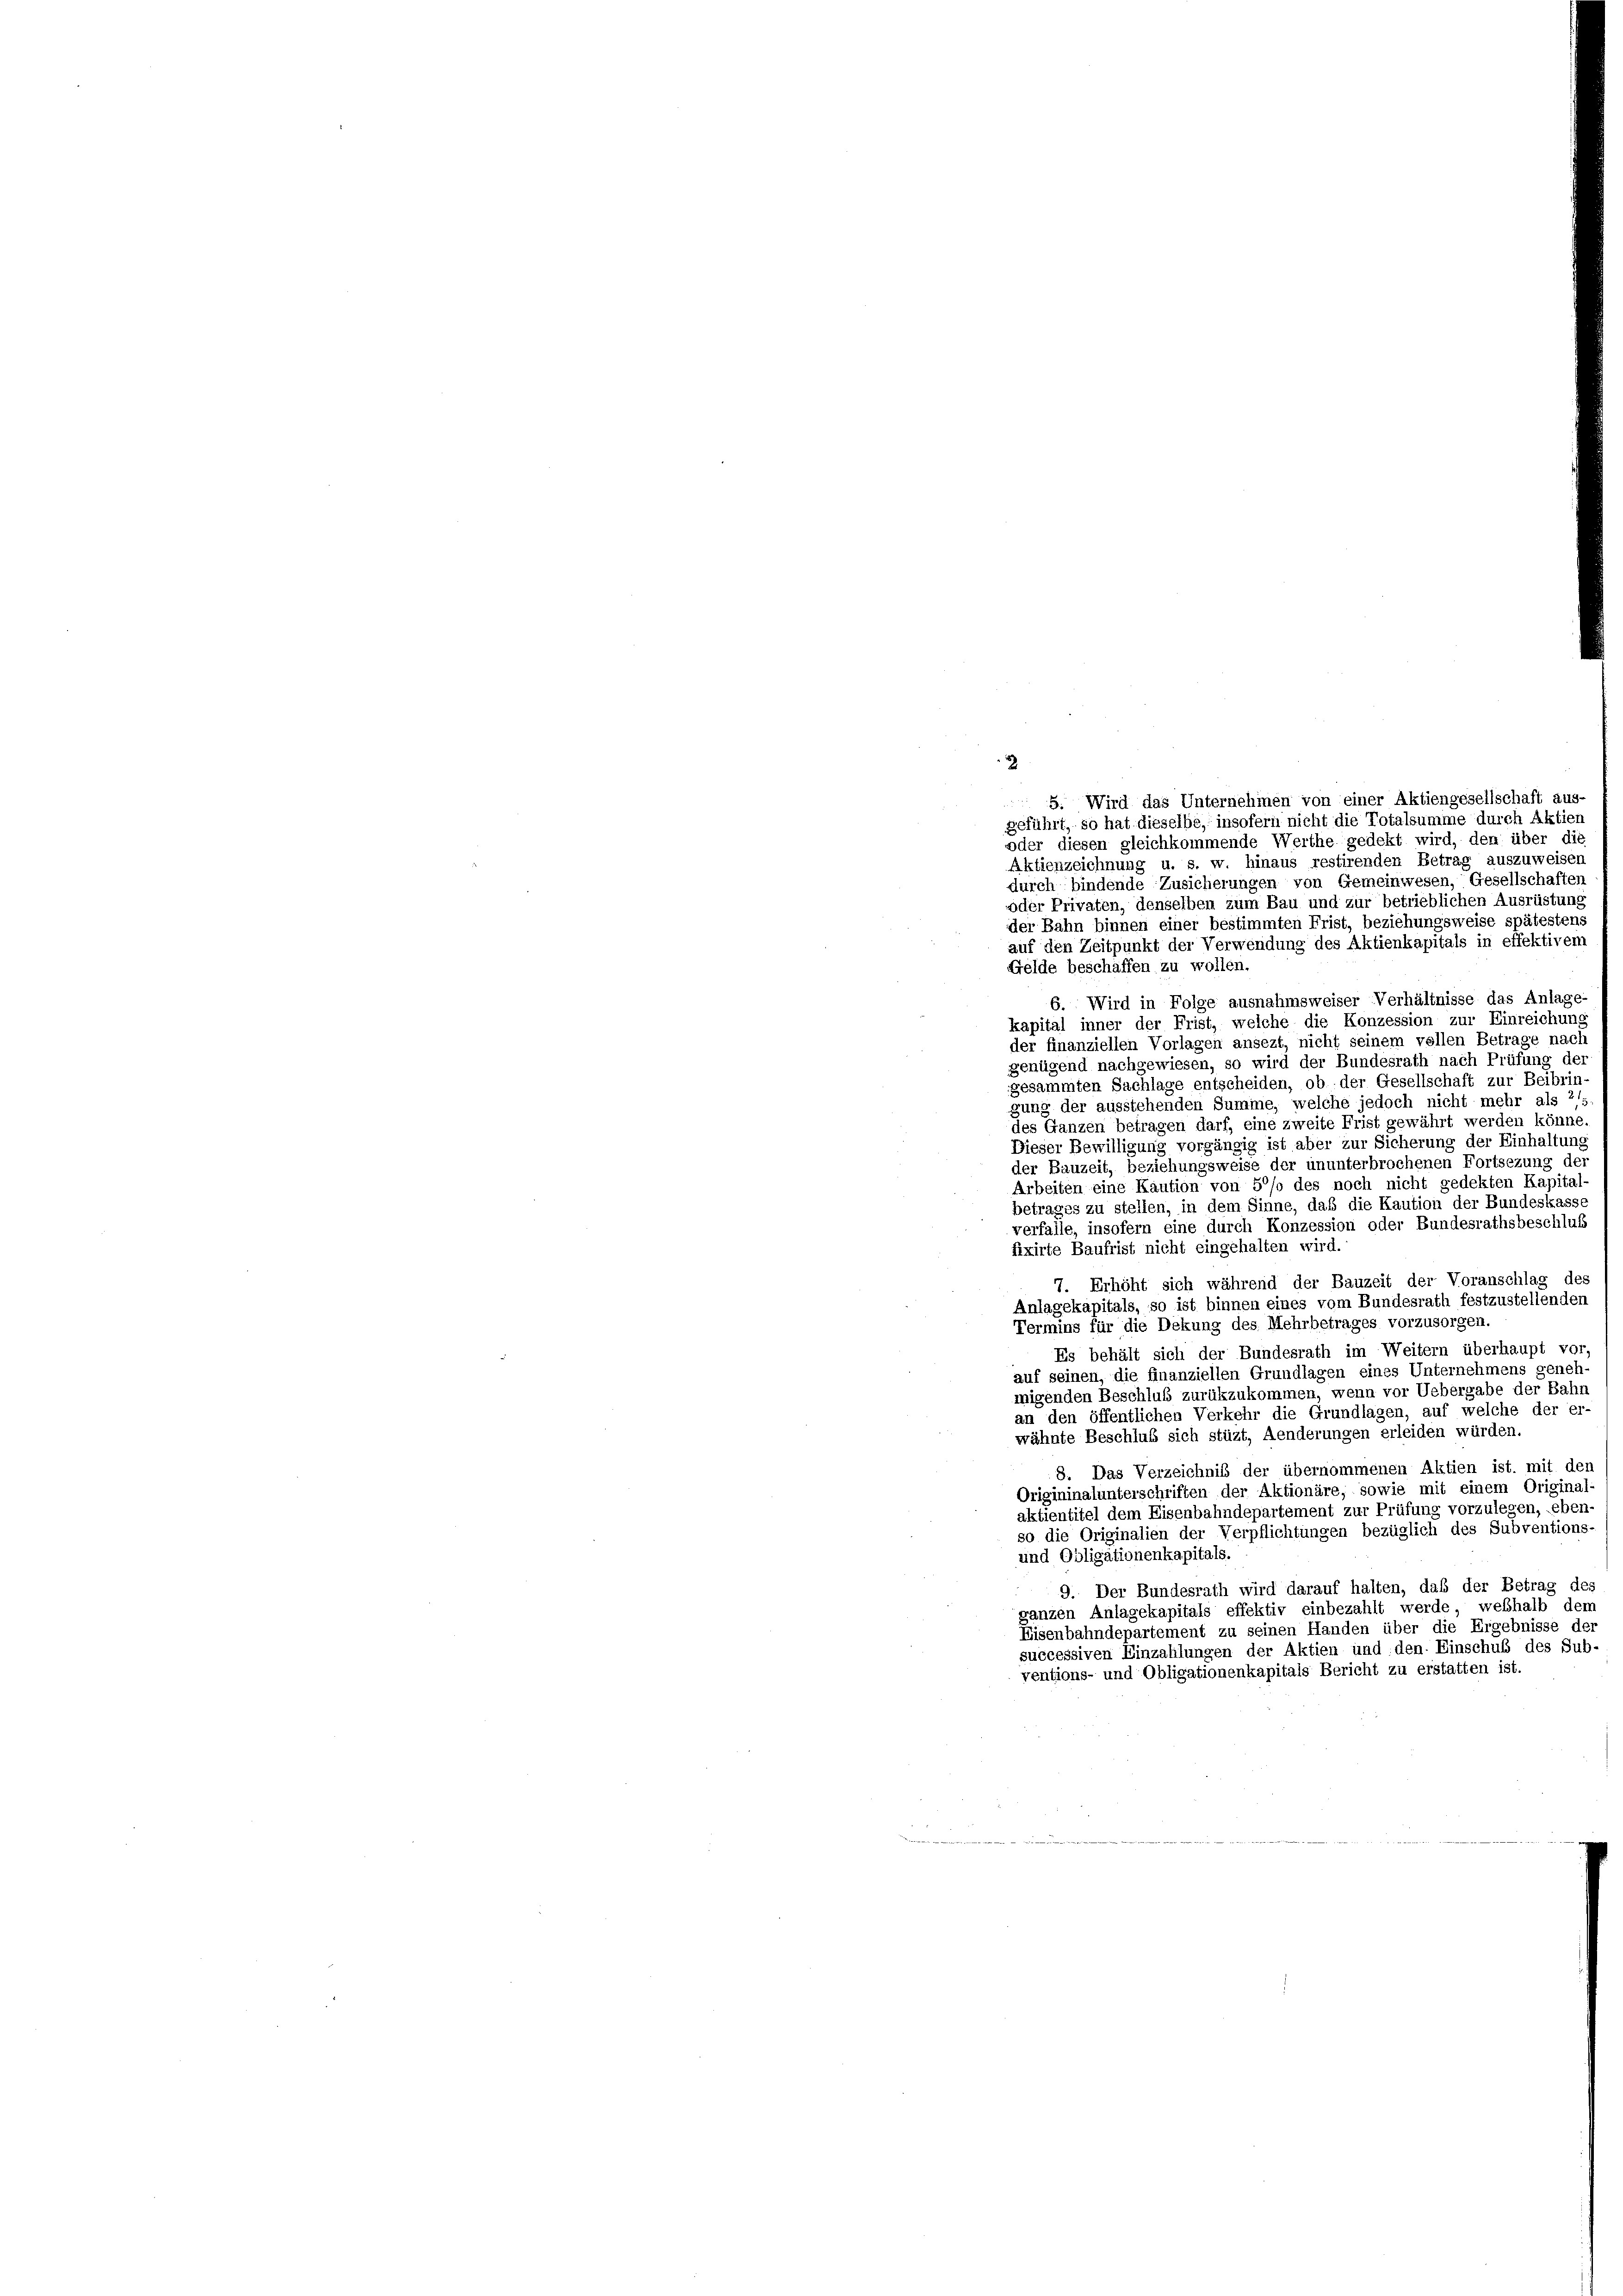
Aktienzeichnung u. s. w. hinaus restirenden Betrag auszuweisen
durch bindende Zusicherungen von Gemeinwesen, Gesellschaften
oder Privaten, denselben zum Bau und zur betrieblichen Ausrüstung
der Bahn binnen einer bestimmten Frist, beziehungsweise spätestens
auf den Zeitpunkt der Verwendung des Aktienkapitals in effektiven
Gelde beschaffen zu wollen.
6. Wird in Folge ausnahmsweiser Verhältnisse das Anlage
kapital inner der Frist, welche die Konzession zur Einreichung
der finanziellen Vorlagen ansezt, nicht seinem vollen Betrage nach
genügend nachgewiesen, so wird der Bundesrath nach Prüfung der
gesammten Sachlage entscheiden, ob der Gesellschaft zur Beibrin
gung der ausstehenden Summe, welche jedoch nicht mehr als 21.
des Ganzen betragen darf, eine zweite Frist gewährt werden könne.
Dieser Bewilligung vorgängig ist aber zur Sicherung der Einhaltung
der Bauzeit, beziehungsweise der ununterbrochenen Fortsezung der
Arbeiten eine Kaution von 5% des noch nicht gedekten Kapital
betrages zu stellen, in dem Sinne, daß die Kaution der Bundeskasse
verfalle, insofern eine durch Konzession oder Bundesrathsbeschluß
fixirte Baufrist nicht eingehalten wird.
7. Erhöht sich während der Bauzeit der Voranschlag der
Anlagekapitals, so ist binnen eines vom Bundesrath festzustellenden
Termins für die Dekung des Mehrbetrages vorzusorgen.
Es behält sich der Bundesrath im Weitern überhaupt vor,
auf seinen, die finanziellen Grundlagen eines Unternehmens geneh-
migenden Beschluß zurükzukommen, wenn vor Uebergabe der Bahn
an den öffentlichen Verkehr die Grundlagen, auf welche der er
wähnte Beschluß sich stüzt, Aenderungen erleiden würden.
8. Das Verzeichnis der übernommenen Aktien ist, mit den
Origininalunterschriften der Aktionäre, sowie mit einem Original-
aktientitel dem Eisenbahndepartement zur Prüfung vorzulegen, eben-
so die Originalien der Verpflichtungen bezüglich des Subventions-
und Obligationenkapitals.
9. Der Bundesrath wird darauf halten, daß der Betrag des
ganzen Anlagekapitals effektiv einbezahlt werde, weßhalb dem
Eisenbahndepartement zu seinen Handen über die Ergebnisse der
successiven Einzahlungen der Aktien und den Einschub des Sub-
ventions- und Obligationenkapitals Bericht zu erstatten ist.

5. Wird das Unternehmen von einer Aktiengesellschaft aus-
geführt, so hat dieselbe, insofern nicht die Totalsumme durch Aktien
oder diesen gleichkommende Werthe gedekt wird, den über die